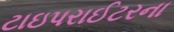
ટાઇપરાઈટરના